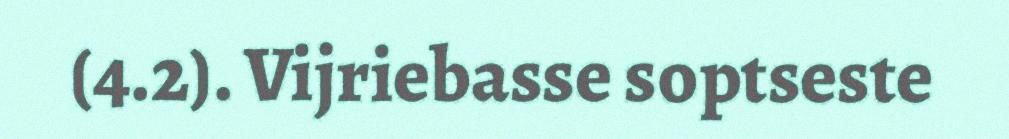
(4.2). Vijriebasse soptseste